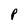
Character: P